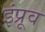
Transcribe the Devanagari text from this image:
इंप्रूव